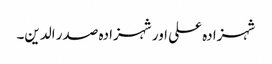
شہزادہ علی اور شہزادہ صدر الدین۔